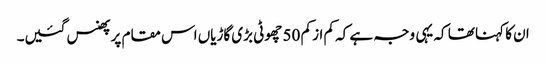
ان کا کہنا تھا کہ یہی وجہ ہے کہ کم از کم 50 چھوٹی بڑی گاڑیاں اس مقام پر پھنس گئیں۔